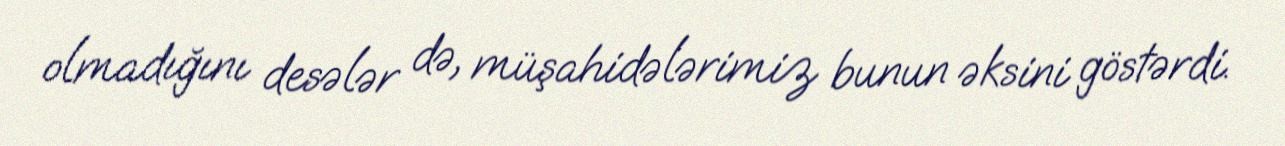
olmadığını desələr də, müşahidələrimiz bunun əksini göstərdi.